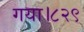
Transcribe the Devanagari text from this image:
गया।८२९